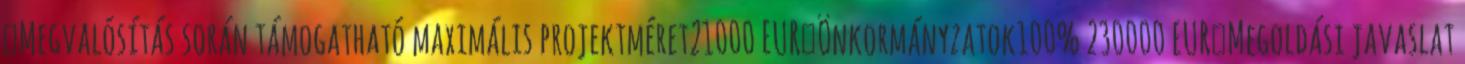
▪Megvalósítás során támogatható maximális projektméret21000 EUR▪Önkormányzatok100% 230000 EUR▪Megoldási javaslat